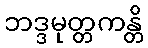
ဘဒ္ဒမုတ္တကန္တိ